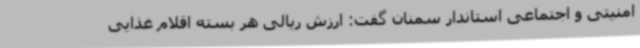
امنیتی و اجتماعی استاندار سمنان گفت: ارزش ریالی هر بسته اقلام غذایی